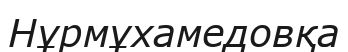
Нұрмұхамедовқа